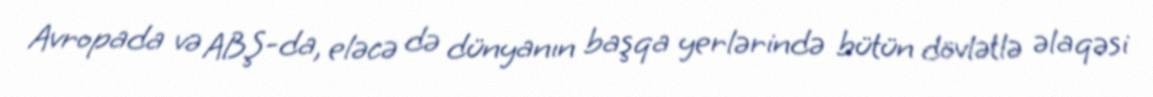
Avropada və ABŞ-da, eləcə də dünyanın başqa yerlərində bütün dövlətlə əlaqəsi